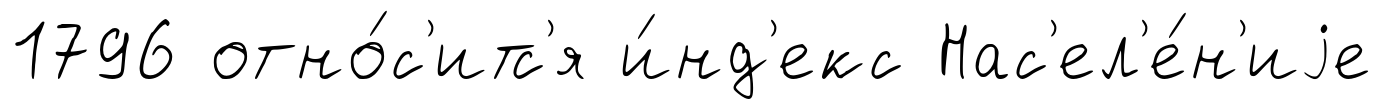
1796 отно́с'итс'я и́нд'екс Нас'ел'е́н'иjе